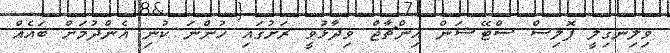
ވިލިނގިލީ ޕޮލިސް ސްޓޭޝަން އިންޗާޖް ވިދާޅުވީ ރަށުގައި ހުންނަ ކުނި އެންދުމަށް ބައެއް